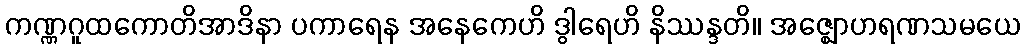
ကဏ္ဏဂူထကောတိအာဒိနာ ပကာရေန အနေကေဟိ ဒွါရေဟိ နိဿန္ဒတိ။ အဇ္ဈောဟရဏသမယေ